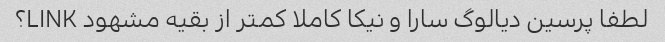
لطفا پرسین دیالوگ سارا و نیکا کاملا کمتر از بقیه مشهود LINK؟